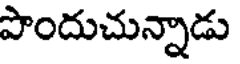
పొందుచున్నాడు